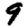
Digit: 9